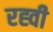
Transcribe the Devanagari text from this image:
रह्वी